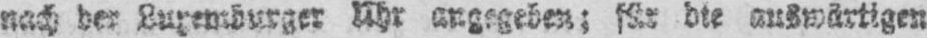
nach der Luxemburger Uhr angegeben; für die auswärtigen